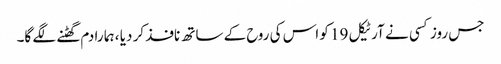
جس روز کسی نے آرٹیکل 19 کو اس کی روح کے ساتھ نافذ کر دیا ، ہما را دم گھٹنے لگے گا۔